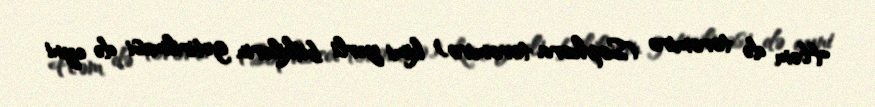
Həm də toromiro (Sophora toromiro) kimi yerli bitkilərin gətirilməsi də eyni